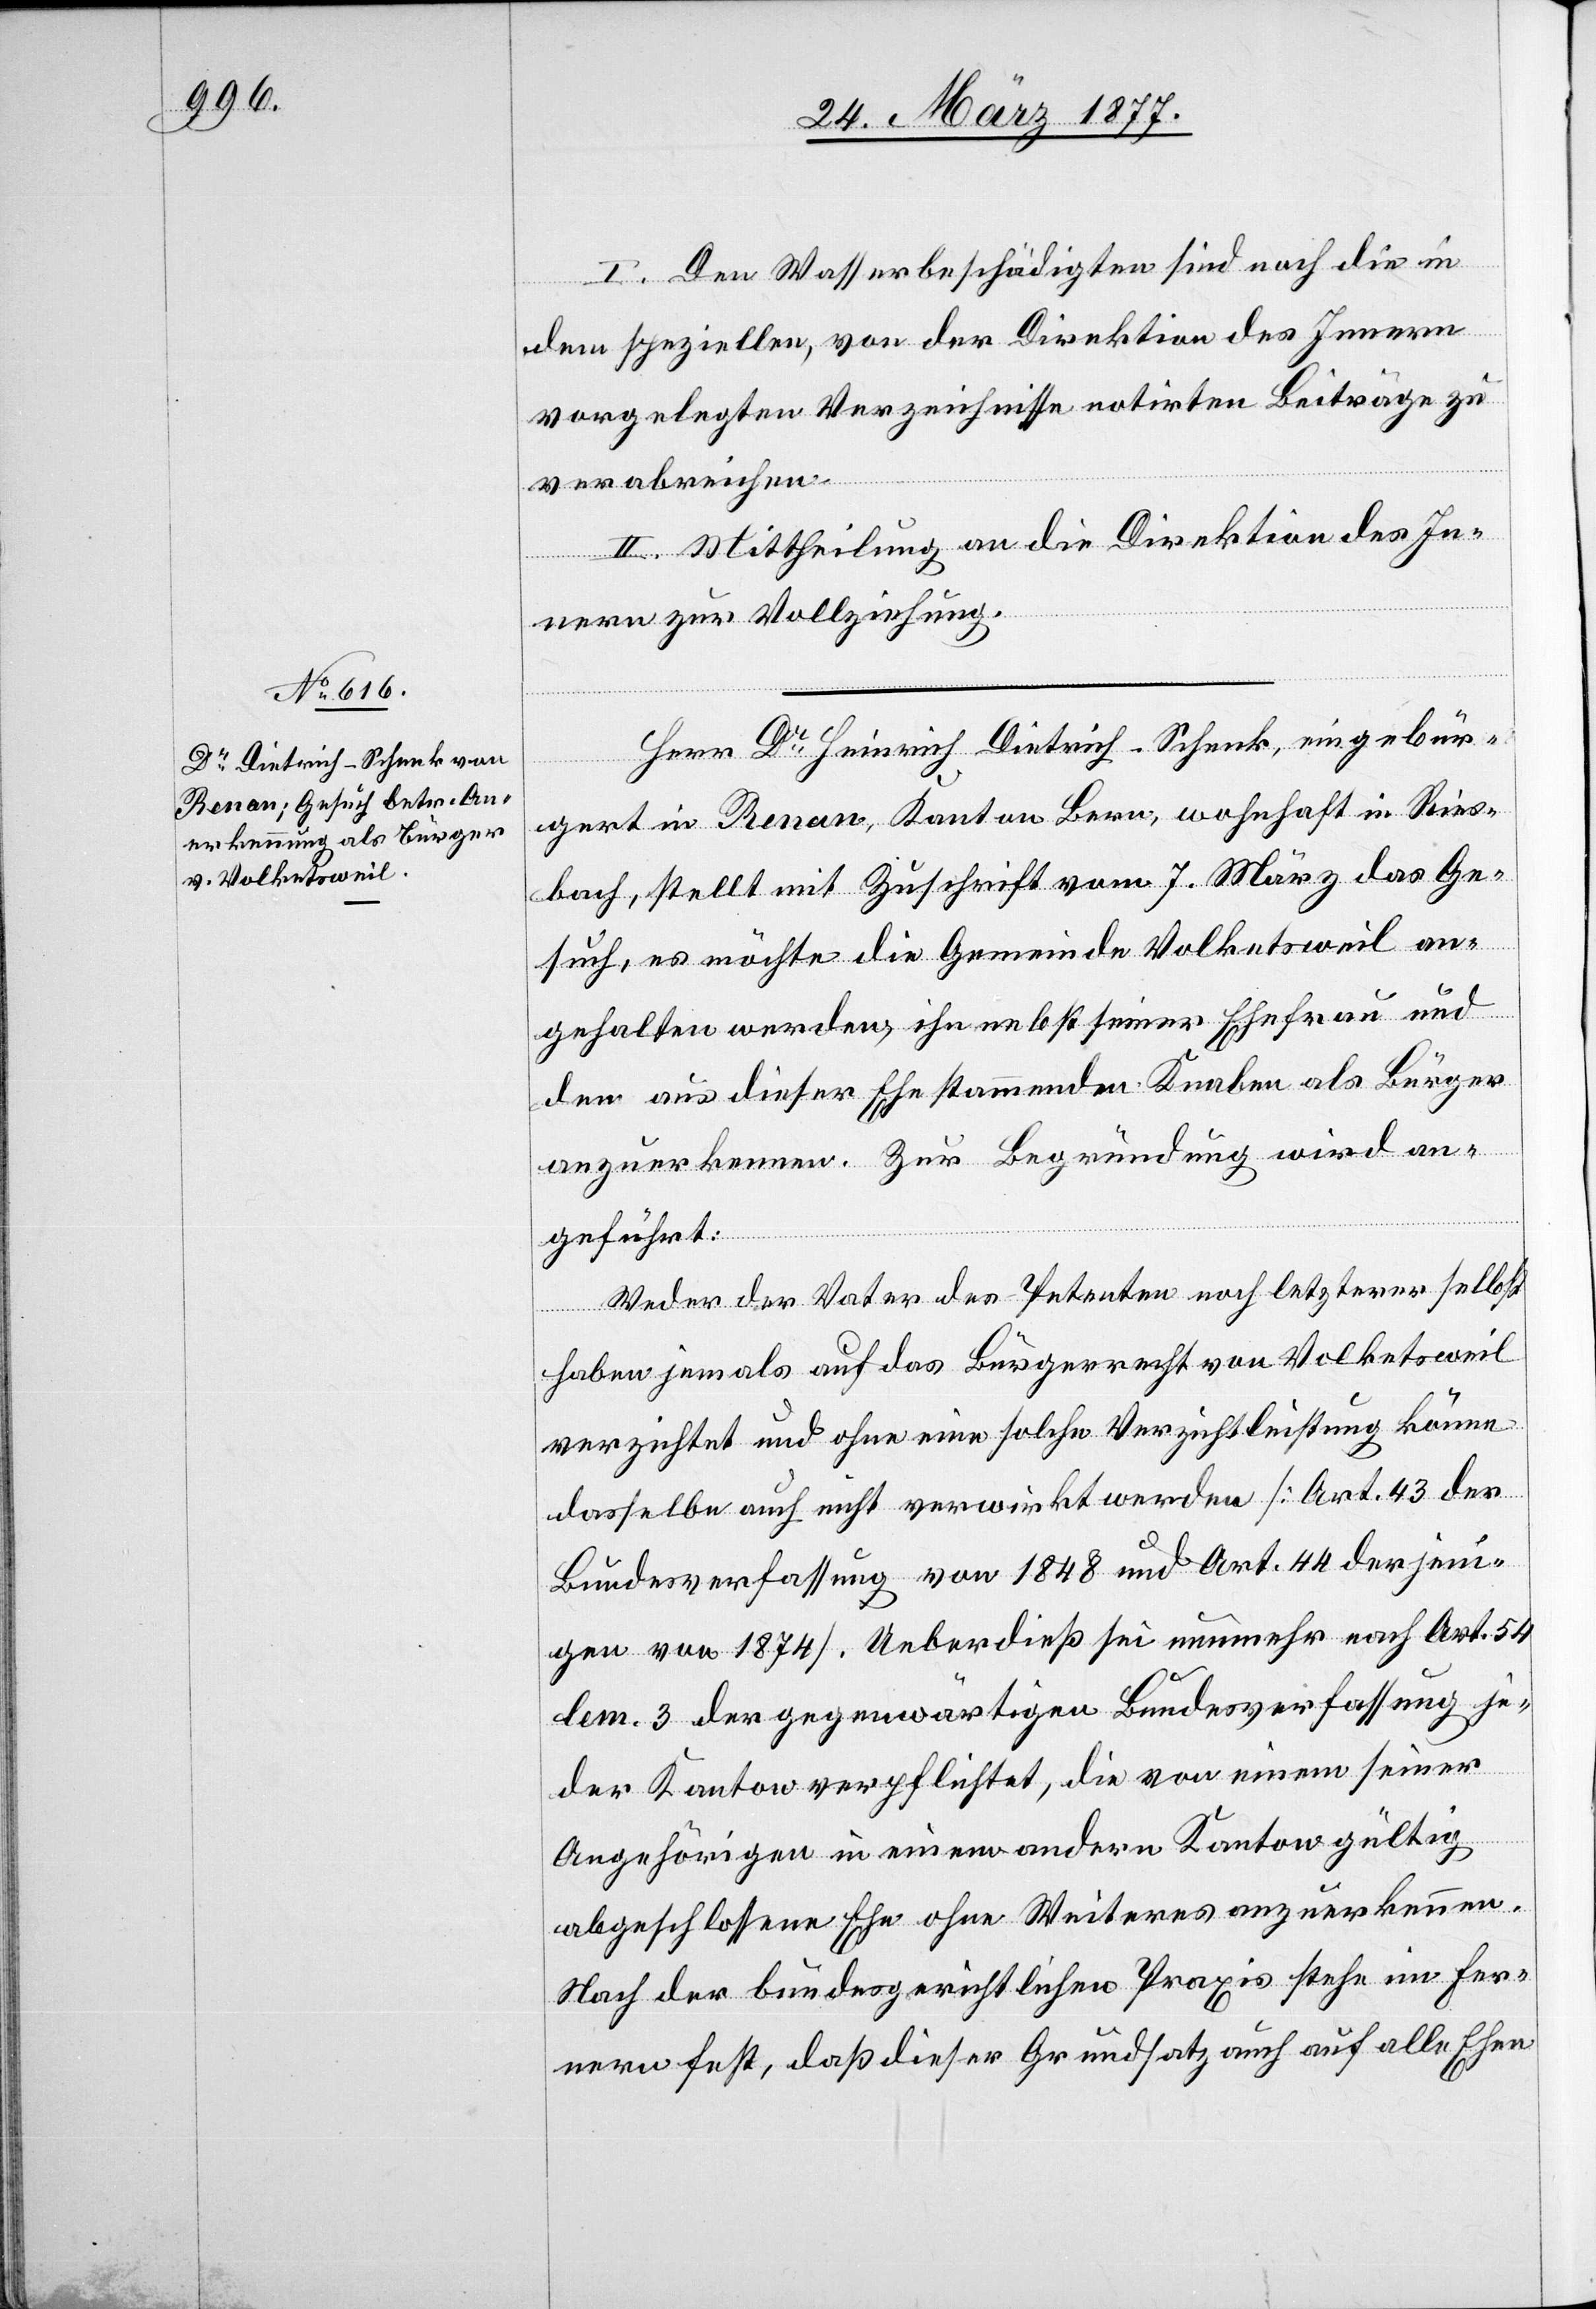
I. Den Wasserbeschädigten sind noch die in
dem speziellen, von der Direktion des Innern
vorgelegten Verzeichnisse notirten Beiträge zu
verabreichen.
II. Mittheilung an die Direktion des In¬
nern zur Vollziehung.